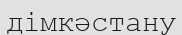
дімкәстану